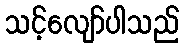
သင့်လျော်ပါသည်